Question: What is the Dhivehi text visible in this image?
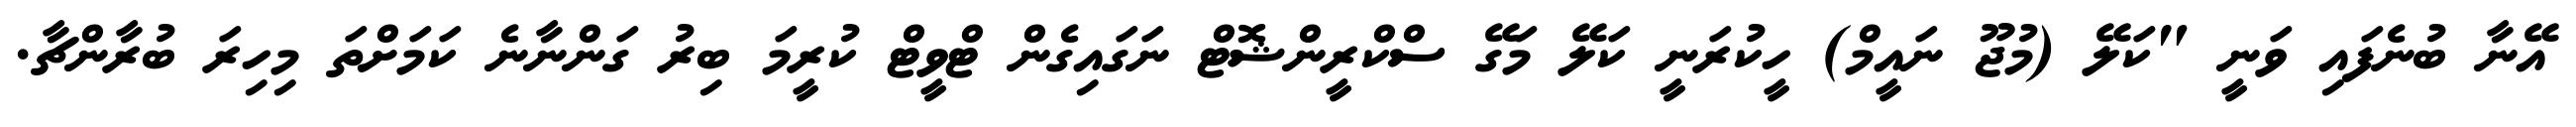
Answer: އޭނާ ބުނެފައި ވަނީ "ކަލޭ (މުޖޫ ނައީމް) ހީކުރަނީ ކަލޭ މަގޭ ސްކްރީންޝޮޓް ނަގައިގެން ޓްވީޓް ކުރީމަ ބިރު ގަންނާނެ ކަމަށްތަ މިހިރަ ބުރާންޗާ.